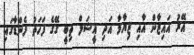
އޭރު އައިޒާން އާއި ޒިޔާމާ އަދި އީޝަލް ތިބީ ގޭގެ ފަހަތު ފެންޑާގައި